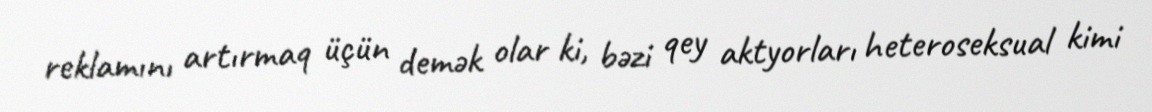
reklamını artırmaq üçün demək olar ki, bəzi qey aktyorları heteroseksual kimi